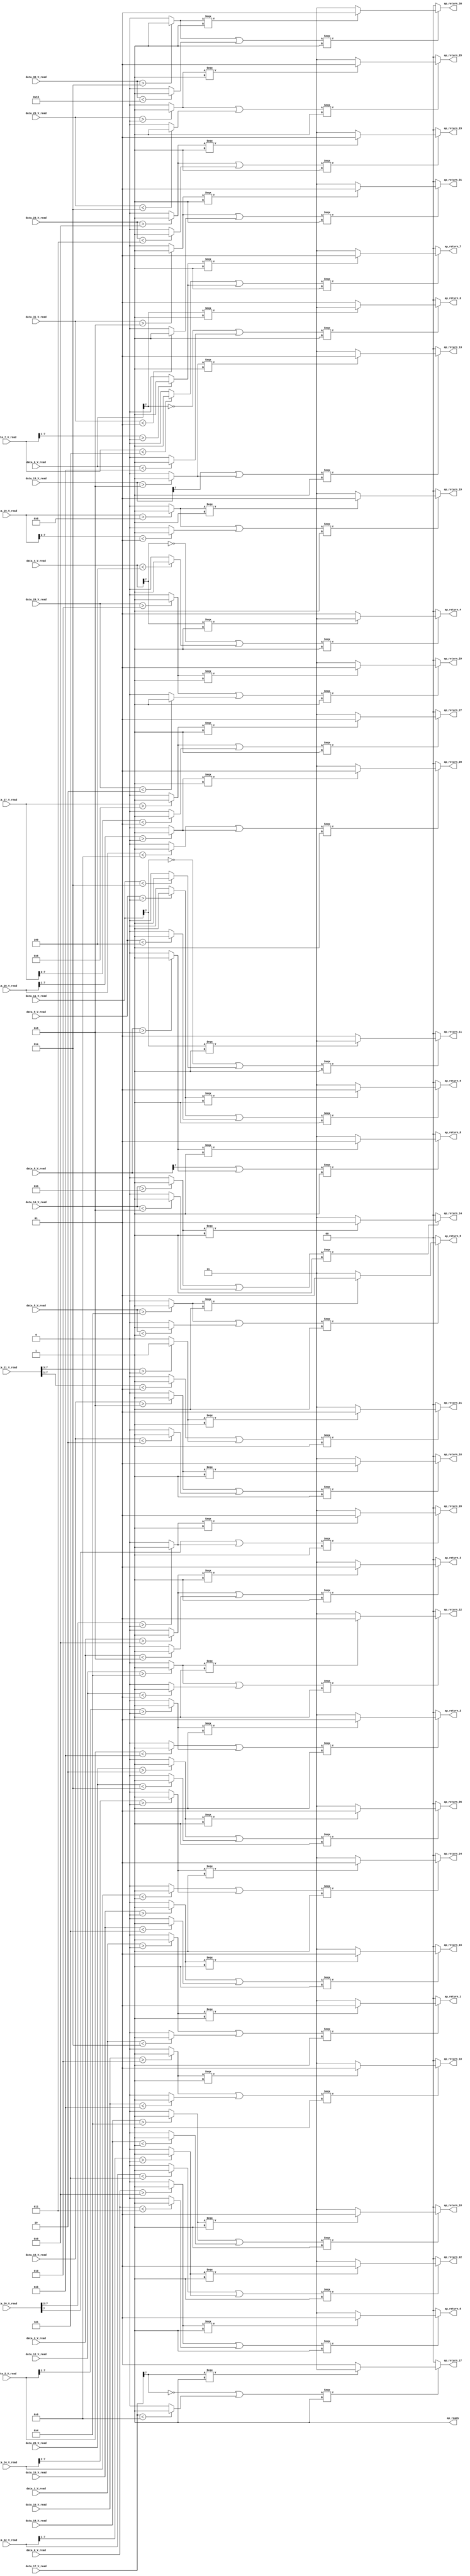
// ==============================================================
// RTL generated by Vivado(TM) HLS - High-Level Synthesis from C, C++ and SystemC
// Version: 2018.2
// Copyright (C) 1986-2018 Xilinx, Inc. All Rights Reserved.
// 
// ===========================================================

`timescale 1 ns / 1 ps 

module normalize_ternary_tanh_ap_int_8_config18_s (
        ap_ready,
        data_0_V_read,
        data_1_V_read,
        data_2_V_read,
        data_3_V_read,
        data_4_V_read,
        data_5_V_read,
        data_6_V_read,
        data_7_V_read,
        data_8_V_read,
        data_9_V_read,
        data_10_V_read,
        data_11_V_read,
        data_12_V_read,
        data_13_V_read,
        data_14_V_read,
        data_15_V_read,
        data_16_V_read,
        data_17_V_read,
        data_18_V_read,
        data_19_V_read,
        data_20_V_read,
        data_21_V_read,
        data_22_V_read,
        data_23_V_read,
        data_24_V_read,
        data_25_V_read,
        data_26_V_read,
        data_27_V_read,
        data_28_V_read,
        data_29_V_read,
        data_30_V_read,
        data_31_V_read,
        ap_return_0,
        ap_return_1,
        ap_return_2,
        ap_return_3,
        ap_return_4,
        ap_return_5,
        ap_return_6,
        ap_return_7,
        ap_return_8,
        ap_return_9,
        ap_return_10,
        ap_return_11,
        ap_return_12,
        ap_return_13,
        ap_return_14,
        ap_return_15,
        ap_return_16,
        ap_return_17,
        ap_return_18,
        ap_return_19,
        ap_return_20,
        ap_return_21,
        ap_return_22,
        ap_return_23,
        ap_return_24,
        ap_return_25,
        ap_return_26,
        ap_return_27,
        ap_return_28,
        ap_return_29,
        ap_return_30,
        ap_return_31
);


output   ap_ready;
input  [7:0] data_0_V_read;
input  [7:0] data_1_V_read;
input  [7:0] data_2_V_read;
input  [7:0] data_3_V_read;
input  [7:0] data_4_V_read;
input  [7:0] data_5_V_read;
input  [7:0] data_6_V_read;
input  [7:0] data_7_V_read;
input  [7:0] data_8_V_read;
input  [7:0] data_9_V_read;
input  [7:0] data_10_V_read;
input  [7:0] data_11_V_read;
input  [7:0] data_12_V_read;
input  [7:0] data_13_V_read;
input  [7:0] data_14_V_read;
input  [7:0] data_15_V_read;
input  [7:0] data_16_V_read;
input  [7:0] data_17_V_read;
input  [7:0] data_18_V_read;
input  [7:0] data_19_V_read;
input  [7:0] data_20_V_read;
input  [7:0] data_21_V_read;
input  [7:0] data_22_V_read;
input  [7:0] data_23_V_read;
input  [7:0] data_24_V_read;
input  [7:0] data_25_V_read;
input  [7:0] data_26_V_read;
input  [7:0] data_27_V_read;
input  [7:0] data_28_V_read;
input  [7:0] data_29_V_read;
input  [7:0] data_30_V_read;
input  [7:0] data_31_V_read;
output  [1:0] ap_return_0;
output  [1:0] ap_return_1;
output  [1:0] ap_return_2;
output  [1:0] ap_return_3;
output  [1:0] ap_return_4;
output  [1:0] ap_return_5;
output  [1:0] ap_return_6;
output  [1:0] ap_return_7;
output  [1:0] ap_return_8;
output  [1:0] ap_return_9;
output  [1:0] ap_return_10;
output  [1:0] ap_return_11;
output  [1:0] ap_return_12;
output  [1:0] ap_return_13;
output  [1:0] ap_return_14;
output  [1:0] ap_return_15;
output  [1:0] ap_return_16;
output  [1:0] ap_return_17;
output  [1:0] ap_return_18;
output  [1:0] ap_return_19;
output  [1:0] ap_return_20;
output  [1:0] ap_return_21;
output  [1:0] ap_return_22;
output  [1:0] ap_return_23;
output  [1:0] ap_return_24;
output  [1:0] ap_return_25;
output  [1:0] ap_return_26;
output  [1:0] ap_return_27;
output  [1:0] ap_return_28;
output  [1:0] ap_return_29;
output  [1:0] ap_return_30;
output  [1:0] ap_return_31;

wire   [0:0] tmp_2_fu_344_p2;
wire   [0:0] not_tmp_3_fu_350_p2;
wire   [0:0] tmp_1_fu_364_p2;
wire   [1:0] p_cast_fu_356_p3;
wire   [0:0] tmp_2_1_fu_378_p2;
wire   [0:0] not_tmp_3_1_fu_384_p2;
wire   [0:0] tmp_3_fu_398_p2;
wire   [1:0] p_1_cast_fu_390_p3;
wire   [6:0] tmp_16_fu_412_p4;
wire   [0:0] icmp_fu_422_p2;
wire   [0:0] not_tmp_3_2_fu_428_p2;
wire   [0:0] tmp_4_fu_442_p2;
wire   [1:0] p_2_cast_fu_434_p3;
wire   [0:0] tmp_2_3_fu_456_p2;
wire   [0:0] not_tmp_3_3_fu_462_p2;
wire   [0:0] tmp_5_fu_476_p2;
wire   [1:0] p_3_cast_fu_468_p3;
wire   [0:0] tmp_25_fu_490_p3;
wire   [0:0] not_tmp_3_4_fu_504_p2;
wire   [0:0] rev_fu_498_p2;
wire   [0:0] tmp_6_fu_518_p2;
wire   [1:0] p_4_cast_fu_510_p3;
wire   [0:0] tmp_2_5_fu_532_p2;
wire   [0:0] not_tmp_3_5_fu_538_p2;
wire   [0:0] tmp_7_fu_552_p2;
wire   [1:0] p_5_cast_fu_544_p3;
wire   [0:0] tmp_39_fu_566_p3;
wire   [0:0] not_tmp_3_6_fu_580_p2;
wire   [0:0] rev1_fu_574_p2;
wire   [0:0] tmp_8_fu_594_p2;
wire   [1:0] p_6_cast_fu_586_p3;
wire   [6:0] tmp_40_fu_608_p4;
wire   [0:0] icmp1_fu_618_p2;
wire   [0:0] not_tmp_3_7_fu_624_p2;
wire   [0:0] tmp_9_fu_638_p2;
wire   [1:0] p_7_cast_fu_630_p3;
wire   [0:0] tmp_2_8_fu_652_p2;
wire   [0:0] tmp_41_fu_658_p3;
wire   [0:0] tmp_10_fu_674_p2;
wire   [1:0] tmp_s_fu_666_p3;
wire   [0:0] tmp_2_9_fu_688_p2;
wire   [0:0] not_tmp_3_9_fu_694_p2;
wire   [0:0] tmp_11_fu_708_p2;
wire   [1:0] p_9_cast_fu_700_p3;
wire   [0:0] tmp_2_s_fu_722_p2;
wire   [0:0] not_tmp_3_s_fu_728_p2;
wire   [0:0] tmp_12_fu_742_p2;
wire   [1:0] p_cast_8_fu_734_p3;
wire   [0:0] tmp_42_fu_756_p3;
wire   [0:0] not_tmp_3_8_fu_770_p2;
wire   [0:0] rev2_fu_764_p2;
wire   [0:0] tmp_13_fu_784_p2;
wire   [1:0] p_10_cast_fu_776_p3;
wire   [0:0] tmp_2_2_fu_798_p2;
wire   [0:0] not_tmp_3_10_fu_804_p2;
wire   [0:0] tmp_14_fu_818_p2;
wire   [1:0] p_11_cast_fu_810_p3;
wire   [0:0] tmp_2_4_fu_832_p2;
wire   [0:0] tmp_43_fu_838_p3;
wire   [0:0] tmp_17_fu_854_p2;
wire   [1:0] tmp_15_fu_846_p3;
wire   [0:0] tmp_2_6_fu_868_p2;
wire   [0:0] not_tmp_3_11_fu_874_p2;
wire   [0:0] tmp_18_fu_888_p2;
wire   [1:0] p_13_cast_fu_880_p3;
wire   [0:0] tmp_2_7_fu_902_p2;
wire   [0:0] not_tmp_3_12_fu_908_p2;
wire   [0:0] tmp_19_fu_922_p2;
wire   [1:0] p_14_cast_fu_914_p3;
wire   [0:0] tmp_2_10_fu_936_p2;
wire   [0:0] not_tmp_3_13_fu_942_p2;
wire   [0:0] tmp_20_fu_956_p2;
wire   [1:0] p_15_cast_fu_948_p3;
wire   [0:0] tmp_44_fu_970_p3;
wire   [0:0] not_tmp_3_14_fu_984_p2;
wire   [0:0] rev3_fu_978_p2;
wire   [0:0] tmp_21_fu_998_p2;
wire   [1:0] p_16_cast_fu_990_p3;
wire   [0:0] tmp_2_11_fu_1012_p2;
wire   [0:0] not_tmp_3_15_fu_1018_p2;
wire   [0:0] tmp_22_fu_1032_p2;
wire   [1:0] p_17_cast_fu_1024_p3;
wire   [5:0] tmp_45_fu_1052_p4;
wire   [0:0] tmp_2_12_fu_1046_p2;
wire   [0:0] icmp2_fu_1062_p2;
wire   [0:0] tmp_23_fu_1076_p2;
wire   [1:0] p_18_cast_fu_1068_p3;
wire   [5:0] tmp_46_fu_1090_p4;
wire   [0:0] icmp3_fu_1100_p2;
wire   [0:0] tmp_47_fu_1106_p3;
wire   [0:0] tmp_26_fu_1122_p2;
wire   [1:0] tmp_24_fu_1114_p3;
wire   [4:0] tmp_48_fu_1136_p4;
wire   [6:0] tmp_49_fu_1152_p4;
wire   [0:0] icmp4_fu_1146_p2;
wire   [0:0] icmp5_fu_1162_p2;
wire   [0:0] tmp_27_fu_1176_p2;
wire   [1:0] p_20_cast_fu_1168_p3;
wire   [6:0] tmp_50_fu_1190_p4;
wire   [0:0] icmp6_fu_1200_p2;
wire   [0:0] not_tmp_3_16_fu_1206_p2;
wire   [0:0] tmp_28_fu_1220_p2;
wire   [1:0] p_21_cast_fu_1212_p3;
wire   [0:0] tmp_2_13_fu_1234_p2;
wire   [0:0] not_tmp_3_17_fu_1240_p2;
wire   [0:0] tmp_29_fu_1254_p2;
wire   [1:0] p_22_cast_fu_1246_p3;
wire   [5:0] tmp_51_fu_1268_p4;
wire   [0:0] icmp7_fu_1278_p2;
wire   [0:0] not_tmp_3_18_fu_1284_p2;
wire   [0:0] tmp_30_fu_1298_p2;
wire   [1:0] p_23_cast_fu_1290_p3;
wire   [0:0] tmp_2_14_fu_1312_p2;
wire   [0:0] not_tmp_3_19_fu_1318_p2;
wire   [0:0] tmp_31_fu_1332_p2;
wire   [1:0] p_24_cast_fu_1324_p3;
wire   [0:0] tmp_2_15_fu_1346_p2;
wire   [0:0] not_tmp_3_20_fu_1352_p2;
wire   [0:0] tmp_32_fu_1366_p2;
wire   [1:0] p_25_cast_fu_1358_p3;
wire   [5:0] tmp_52_fu_1386_p4;
wire   [0:0] tmp_2_16_fu_1380_p2;
wire   [0:0] icmp8_fu_1396_p2;
wire   [0:0] tmp_33_fu_1410_p2;
wire   [1:0] p_26_cast_fu_1402_p3;
wire   [6:0] tmp_53_fu_1424_p4;
wire   [0:0] icmp9_fu_1434_p2;
wire   [0:0] not_tmp_3_21_fu_1440_p2;
wire   [0:0] tmp_34_fu_1454_p2;
wire   [1:0] p_27_cast_fu_1446_p3;
wire   [0:0] tmp_2_17_fu_1468_p2;
wire   [0:0] not_tmp_3_22_fu_1474_p2;
wire   [0:0] tmp_35_fu_1488_p2;
wire   [1:0] p_28_cast_fu_1480_p3;
wire   [0:0] tmp_2_18_fu_1502_p2;
wire   [0:0] not_tmp_3_23_fu_1508_p2;
wire   [0:0] tmp_36_fu_1522_p2;
wire   [1:0] p_29_cast_fu_1514_p3;
wire   [0:0] tmp_2_19_fu_1536_p2;
wire   [0:0] not_tmp_3_24_fu_1542_p2;
wire   [0:0] tmp_37_fu_1556_p2;
wire   [1:0] p_30_cast_fu_1548_p3;
wire   [1:0] res_0_V_write_assign_fu_370_p3;
wire   [1:0] res_1_V_write_assign_fu_404_p3;
wire   [1:0] res_2_V_write_assign_fu_448_p3;
wire   [1:0] res_3_V_write_assign_fu_482_p3;
wire   [1:0] res_4_V_write_assign_fu_524_p3;
wire   [1:0] res_5_V_write_assign_fu_558_p3;
wire   [1:0] res_6_V_write_assign_fu_600_p3;
wire   [1:0] res_7_V_write_assign_fu_644_p3;
wire   [1:0] res_8_V_write_assign_fu_680_p3;
wire   [1:0] res_9_V_write_assign_fu_714_p3;
wire   [1:0] res_10_V_write_assign_fu_748_p3;
wire   [1:0] res_11_V_write_assign_fu_790_p3;
wire   [1:0] res_12_V_write_assign_fu_824_p3;
wire   [1:0] res_13_V_write_assign_fu_860_p3;
wire   [1:0] res_14_V_write_assign_fu_894_p3;
wire   [1:0] res_15_V_write_assign_fu_928_p3;
wire   [1:0] res_16_V_write_assign_fu_962_p3;
wire   [1:0] res_17_V_write_assign_fu_1004_p3;
wire   [1:0] res_18_V_write_assign_fu_1038_p3;
wire   [1:0] res_19_V_write_assign_fu_1082_p3;
wire   [1:0] res_20_V_write_assign_fu_1128_p3;
wire   [1:0] res_21_V_write_assign_fu_1182_p3;
wire   [1:0] res_22_V_write_assign_fu_1226_p3;
wire   [1:0] res_23_V_write_assign_fu_1260_p3;
wire   [1:0] res_24_V_write_assign_fu_1304_p3;
wire   [1:0] res_25_V_write_assign_fu_1338_p3;
wire   [1:0] res_26_V_write_assign_fu_1372_p3;
wire   [1:0] res_27_V_write_assign_fu_1416_p3;
wire   [1:0] res_28_V_write_assign_fu_1460_p3;
wire   [1:0] res_29_V_write_assign_fu_1494_p3;
wire   [1:0] res_30_V_write_assign_fu_1528_p3;
wire   [1:0] res_31_V_write_assign_fu_1562_p3;

assign ap_ready = 1'b1;

assign ap_return_0 = res_0_V_write_assign_fu_370_p3;

assign ap_return_1 = res_1_V_write_assign_fu_404_p3;

assign ap_return_10 = res_10_V_write_assign_fu_748_p3;

assign ap_return_11 = res_11_V_write_assign_fu_790_p3;

assign ap_return_12 = res_12_V_write_assign_fu_824_p3;

assign ap_return_13 = res_13_V_write_assign_fu_860_p3;

assign ap_return_14 = res_14_V_write_assign_fu_894_p3;

assign ap_return_15 = res_15_V_write_assign_fu_928_p3;

assign ap_return_16 = res_16_V_write_assign_fu_962_p3;

assign ap_return_17 = res_17_V_write_assign_fu_1004_p3;

assign ap_return_18 = res_18_V_write_assign_fu_1038_p3;

assign ap_return_19 = res_19_V_write_assign_fu_1082_p3;

assign ap_return_2 = res_2_V_write_assign_fu_448_p3;

assign ap_return_20 = res_20_V_write_assign_fu_1128_p3;

assign ap_return_21 = res_21_V_write_assign_fu_1182_p3;

assign ap_return_22 = res_22_V_write_assign_fu_1226_p3;

assign ap_return_23 = res_23_V_write_assign_fu_1260_p3;

assign ap_return_24 = res_24_V_write_assign_fu_1304_p3;

assign ap_return_25 = res_25_V_write_assign_fu_1338_p3;

assign ap_return_26 = res_26_V_write_assign_fu_1372_p3;

assign ap_return_27 = res_27_V_write_assign_fu_1416_p3;

assign ap_return_28 = res_28_V_write_assign_fu_1460_p3;

assign ap_return_29 = res_29_V_write_assign_fu_1494_p3;

assign ap_return_3 = res_3_V_write_assign_fu_482_p3;

assign ap_return_30 = res_30_V_write_assign_fu_1528_p3;

assign ap_return_31 = res_31_V_write_assign_fu_1562_p3;

assign ap_return_4 = res_4_V_write_assign_fu_524_p3;

assign ap_return_5 = res_5_V_write_assign_fu_558_p3;

assign ap_return_6 = res_6_V_write_assign_fu_600_p3;

assign ap_return_7 = res_7_V_write_assign_fu_644_p3;

assign ap_return_8 = res_8_V_write_assign_fu_680_p3;

assign ap_return_9 = res_9_V_write_assign_fu_714_p3;

assign icmp1_fu_618_p2 = (($signed(tmp_40_fu_608_p4) > $signed(7'd0)) ? 1'b1 : 1'b0);

assign icmp2_fu_1062_p2 = (($signed(tmp_45_fu_1052_p4) < $signed(6'd1)) ? 1'b1 : 1'b0);

assign icmp3_fu_1100_p2 = (($signed(tmp_46_fu_1090_p4) > $signed(6'd0)) ? 1'b1 : 1'b0);

assign icmp4_fu_1146_p2 = (($signed(tmp_48_fu_1136_p4) > $signed(5'd0)) ? 1'b1 : 1'b0);

assign icmp5_fu_1162_p2 = (($signed(tmp_49_fu_1152_p4) < $signed(7'd1)) ? 1'b1 : 1'b0);

assign icmp6_fu_1200_p2 = (($signed(tmp_50_fu_1190_p4) > $signed(7'd0)) ? 1'b1 : 1'b0);

assign icmp7_fu_1278_p2 = (($signed(tmp_51_fu_1268_p4) > $signed(6'd0)) ? 1'b1 : 1'b0);

assign icmp8_fu_1396_p2 = (($signed(tmp_52_fu_1386_p4) < $signed(6'd1)) ? 1'b1 : 1'b0);

assign icmp9_fu_1434_p2 = (($signed(tmp_53_fu_1424_p4) > $signed(7'd0)) ? 1'b1 : 1'b0);

assign icmp_fu_422_p2 = (($signed(tmp_16_fu_412_p4) > $signed(7'd0)) ? 1'b1 : 1'b0);

assign not_tmp_3_10_fu_804_p2 = (($signed(data_12_V_read) < $signed(8'd1)) ? 1'b1 : 1'b0);

assign not_tmp_3_11_fu_874_p2 = (($signed(data_14_V_read) < $signed(8'd5)) ? 1'b1 : 1'b0);

assign not_tmp_3_12_fu_908_p2 = (($signed(data_15_V_read) < $signed(8'd253)) ? 1'b1 : 1'b0);

assign not_tmp_3_13_fu_942_p2 = (($signed(data_16_V_read) < $signed(8'd254)) ? 1'b1 : 1'b0);

assign not_tmp_3_14_fu_984_p2 = (($signed(data_17_V_read) < $signed(8'd249)) ? 1'b1 : 1'b0);

assign not_tmp_3_15_fu_1018_p2 = (($signed(data_18_V_read) < $signed(8'd255)) ? 1'b1 : 1'b0);

assign not_tmp_3_16_fu_1206_p2 = (($signed(data_22_V_read) < $signed(8'd253)) ? 1'b1 : 1'b0);

assign not_tmp_3_17_fu_1240_p2 = (($signed(data_23_V_read) < $signed(8'd3)) ? 1'b1 : 1'b0);

assign not_tmp_3_18_fu_1284_p2 = (($signed(data_24_V_read) < $signed(8'd255)) ? 1'b1 : 1'b0);

assign not_tmp_3_19_fu_1318_p2 = (($signed(data_25_V_read) < $signed(8'd250)) ? 1'b1 : 1'b0);

assign not_tmp_3_1_fu_384_p2 = (($signed(data_1_V_read) < $signed(8'd250)) ? 1'b1 : 1'b0);

assign not_tmp_3_20_fu_1352_p2 = (($signed(data_26_V_read) < $signed(8'd250)) ? 1'b1 : 1'b0);

assign not_tmp_3_21_fu_1440_p2 = (($signed(data_28_V_read) < $signed(8'd249)) ? 1'b1 : 1'b0);

assign not_tmp_3_22_fu_1474_p2 = (($signed(data_29_V_read) < $signed(8'd254)) ? 1'b1 : 1'b0);

assign not_tmp_3_23_fu_1508_p2 = (($signed(data_30_V_read) < $signed(8'd245)) ? 1'b1 : 1'b0);

assign not_tmp_3_24_fu_1542_p2 = (($signed(data_31_V_read) < $signed(8'd1)) ? 1'b1 : 1'b0);

assign not_tmp_3_2_fu_428_p2 = (($signed(data_2_V_read) < $signed(8'd251)) ? 1'b1 : 1'b0);

assign not_tmp_3_3_fu_462_p2 = (($signed(data_3_V_read) < $signed(8'd5)) ? 1'b1 : 1'b0);

assign not_tmp_3_4_fu_504_p2 = (($signed(data_4_V_read) < $signed(8'd252)) ? 1'b1 : 1'b0);

assign not_tmp_3_5_fu_538_p2 = (($signed(data_5_V_read) < $signed(8'd255)) ? 1'b1 : 1'b0);

assign not_tmp_3_6_fu_580_p2 = (($signed(data_6_V_read) < $signed(8'd251)) ? 1'b1 : 1'b0);

assign not_tmp_3_7_fu_624_p2 = (($signed(data_7_V_read) < $signed(8'd253)) ? 1'b1 : 1'b0);

assign not_tmp_3_8_fu_770_p2 = (($signed(data_11_V_read) < $signed(8'd250)) ? 1'b1 : 1'b0);

assign not_tmp_3_9_fu_694_p2 = (($signed(data_9_V_read) < $signed(8'd252)) ? 1'b1 : 1'b0);

assign not_tmp_3_fu_350_p2 = (($signed(data_0_V_read) < $signed(8'd3)) ? 1'b1 : 1'b0);

assign not_tmp_3_s_fu_728_p2 = (($signed(data_10_V_read) < $signed(8'd251)) ? 1'b1 : 1'b0);

assign p_10_cast_fu_776_p3 = ((tmp_42_fu_756_p3[0:0] === 1'b1) ? 2'd3 : 2'd1);

assign p_11_cast_fu_810_p3 = ((tmp_2_2_fu_798_p2[0:0] === 1'b1) ? 2'd1 : 2'd3);

assign p_13_cast_fu_880_p3 = ((tmp_2_6_fu_868_p2[0:0] === 1'b1) ? 2'd1 : 2'd3);

assign p_14_cast_fu_914_p3 = ((tmp_2_7_fu_902_p2[0:0] === 1'b1) ? 2'd1 : 2'd3);

assign p_15_cast_fu_948_p3 = ((tmp_2_10_fu_936_p2[0:0] === 1'b1) ? 2'd1 : 2'd3);

assign p_16_cast_fu_990_p3 = ((tmp_44_fu_970_p3[0:0] === 1'b1) ? 2'd3 : 2'd1);

assign p_17_cast_fu_1024_p3 = ((tmp_2_11_fu_1012_p2[0:0] === 1'b1) ? 2'd1 : 2'd3);

assign p_18_cast_fu_1068_p3 = ((tmp_2_12_fu_1046_p2[0:0] === 1'b1) ? 2'd1 : 2'd3);

assign p_1_cast_fu_390_p3 = ((tmp_2_1_fu_378_p2[0:0] === 1'b1) ? 2'd1 : 2'd3);

assign p_20_cast_fu_1168_p3 = ((icmp4_fu_1146_p2[0:0] === 1'b1) ? 2'd1 : 2'd3);

assign p_21_cast_fu_1212_p3 = ((icmp6_fu_1200_p2[0:0] === 1'b1) ? 2'd1 : 2'd3);

assign p_22_cast_fu_1246_p3 = ((tmp_2_13_fu_1234_p2[0:0] === 1'b1) ? 2'd1 : 2'd3);

assign p_23_cast_fu_1290_p3 = ((icmp7_fu_1278_p2[0:0] === 1'b1) ? 2'd1 : 2'd3);

assign p_24_cast_fu_1324_p3 = ((tmp_2_14_fu_1312_p2[0:0] === 1'b1) ? 2'd1 : 2'd3);

assign p_25_cast_fu_1358_p3 = ((tmp_2_15_fu_1346_p2[0:0] === 1'b1) ? 2'd1 : 2'd3);

assign p_26_cast_fu_1402_p3 = ((tmp_2_16_fu_1380_p2[0:0] === 1'b1) ? 2'd1 : 2'd3);

assign p_27_cast_fu_1446_p3 = ((icmp9_fu_1434_p2[0:0] === 1'b1) ? 2'd1 : 2'd3);

assign p_28_cast_fu_1480_p3 = ((tmp_2_17_fu_1468_p2[0:0] === 1'b1) ? 2'd1 : 2'd3);

assign p_29_cast_fu_1514_p3 = ((tmp_2_18_fu_1502_p2[0:0] === 1'b1) ? 2'd1 : 2'd3);

assign p_2_cast_fu_434_p3 = ((icmp_fu_422_p2[0:0] === 1'b1) ? 2'd1 : 2'd3);

assign p_30_cast_fu_1548_p3 = ((tmp_2_19_fu_1536_p2[0:0] === 1'b1) ? 2'd1 : 2'd3);

assign p_3_cast_fu_468_p3 = ((tmp_2_3_fu_456_p2[0:0] === 1'b1) ? 2'd1 : 2'd3);

assign p_4_cast_fu_510_p3 = ((tmp_25_fu_490_p3[0:0] === 1'b1) ? 2'd3 : 2'd1);

assign p_5_cast_fu_544_p3 = ((tmp_2_5_fu_532_p2[0:0] === 1'b1) ? 2'd1 : 2'd3);

assign p_6_cast_fu_586_p3 = ((tmp_39_fu_566_p3[0:0] === 1'b1) ? 2'd3 : 2'd1);

assign p_7_cast_fu_630_p3 = ((icmp1_fu_618_p2[0:0] === 1'b1) ? 2'd1 : 2'd3);

assign p_9_cast_fu_700_p3 = ((tmp_2_9_fu_688_p2[0:0] === 1'b1) ? 2'd1 : 2'd3);

assign p_cast_8_fu_734_p3 = ((tmp_2_s_fu_722_p2[0:0] === 1'b1) ? 2'd1 : 2'd3);

assign p_cast_fu_356_p3 = ((tmp_2_fu_344_p2[0:0] === 1'b1) ? 2'd1 : 2'd3);

assign res_0_V_write_assign_fu_370_p3 = ((tmp_1_fu_364_p2[0:0] === 1'b1) ? p_cast_fu_356_p3 : 2'd0);

assign res_10_V_write_assign_fu_748_p3 = ((tmp_12_fu_742_p2[0:0] === 1'b1) ? p_cast_8_fu_734_p3 : 2'd0);

assign res_11_V_write_assign_fu_790_p3 = ((tmp_13_fu_784_p2[0:0] === 1'b1) ? p_10_cast_fu_776_p3 : 2'd0);

assign res_12_V_write_assign_fu_824_p3 = ((tmp_14_fu_818_p2[0:0] === 1'b1) ? p_11_cast_fu_810_p3 : 2'd0);

assign res_13_V_write_assign_fu_860_p3 = ((tmp_17_fu_854_p2[0:0] === 1'b1) ? tmp_15_fu_846_p3 : 2'd0);

assign res_14_V_write_assign_fu_894_p3 = ((tmp_18_fu_888_p2[0:0] === 1'b1) ? p_13_cast_fu_880_p3 : 2'd0);

assign res_15_V_write_assign_fu_928_p3 = ((tmp_19_fu_922_p2[0:0] === 1'b1) ? p_14_cast_fu_914_p3 : 2'd0);

assign res_16_V_write_assign_fu_962_p3 = ((tmp_20_fu_956_p2[0:0] === 1'b1) ? p_15_cast_fu_948_p3 : 2'd0);

assign res_17_V_write_assign_fu_1004_p3 = ((tmp_21_fu_998_p2[0:0] === 1'b1) ? p_16_cast_fu_990_p3 : 2'd0);

assign res_18_V_write_assign_fu_1038_p3 = ((tmp_22_fu_1032_p2[0:0] === 1'b1) ? p_17_cast_fu_1024_p3 : 2'd0);

assign res_19_V_write_assign_fu_1082_p3 = ((tmp_23_fu_1076_p2[0:0] === 1'b1) ? p_18_cast_fu_1068_p3 : 2'd0);

assign res_1_V_write_assign_fu_404_p3 = ((tmp_3_fu_398_p2[0:0] === 1'b1) ? p_1_cast_fu_390_p3 : 2'd0);

assign res_20_V_write_assign_fu_1128_p3 = ((tmp_26_fu_1122_p2[0:0] === 1'b1) ? tmp_24_fu_1114_p3 : 2'd0);

assign res_21_V_write_assign_fu_1182_p3 = ((tmp_27_fu_1176_p2[0:0] === 1'b1) ? p_20_cast_fu_1168_p3 : 2'd0);

assign res_22_V_write_assign_fu_1226_p3 = ((tmp_28_fu_1220_p2[0:0] === 1'b1) ? p_21_cast_fu_1212_p3 : 2'd0);

assign res_23_V_write_assign_fu_1260_p3 = ((tmp_29_fu_1254_p2[0:0] === 1'b1) ? p_22_cast_fu_1246_p3 : 2'd0);

assign res_24_V_write_assign_fu_1304_p3 = ((tmp_30_fu_1298_p2[0:0] === 1'b1) ? p_23_cast_fu_1290_p3 : 2'd0);

assign res_25_V_write_assign_fu_1338_p3 = ((tmp_31_fu_1332_p2[0:0] === 1'b1) ? p_24_cast_fu_1324_p3 : 2'd0);

assign res_26_V_write_assign_fu_1372_p3 = ((tmp_32_fu_1366_p2[0:0] === 1'b1) ? p_25_cast_fu_1358_p3 : 2'd0);

assign res_27_V_write_assign_fu_1416_p3 = ((tmp_33_fu_1410_p2[0:0] === 1'b1) ? p_26_cast_fu_1402_p3 : 2'd0);

assign res_28_V_write_assign_fu_1460_p3 = ((tmp_34_fu_1454_p2[0:0] === 1'b1) ? p_27_cast_fu_1446_p3 : 2'd0);

assign res_29_V_write_assign_fu_1494_p3 = ((tmp_35_fu_1488_p2[0:0] === 1'b1) ? p_28_cast_fu_1480_p3 : 2'd0);

assign res_2_V_write_assign_fu_448_p3 = ((tmp_4_fu_442_p2[0:0] === 1'b1) ? p_2_cast_fu_434_p3 : 2'd0);

assign res_30_V_write_assign_fu_1528_p3 = ((tmp_36_fu_1522_p2[0:0] === 1'b1) ? p_29_cast_fu_1514_p3 : 2'd0);

assign res_31_V_write_assign_fu_1562_p3 = ((tmp_37_fu_1556_p2[0:0] === 1'b1) ? p_30_cast_fu_1548_p3 : 2'd0);

assign res_3_V_write_assign_fu_482_p3 = ((tmp_5_fu_476_p2[0:0] === 1'b1) ? p_3_cast_fu_468_p3 : 2'd0);

assign res_4_V_write_assign_fu_524_p3 = ((tmp_6_fu_518_p2[0:0] === 1'b1) ? p_4_cast_fu_510_p3 : 2'd0);

assign res_5_V_write_assign_fu_558_p3 = ((tmp_7_fu_552_p2[0:0] === 1'b1) ? p_5_cast_fu_544_p3 : 2'd0);

assign res_6_V_write_assign_fu_600_p3 = ((tmp_8_fu_594_p2[0:0] === 1'b1) ? p_6_cast_fu_586_p3 : 2'd0);

assign res_7_V_write_assign_fu_644_p3 = ((tmp_9_fu_638_p2[0:0] === 1'b1) ? p_7_cast_fu_630_p3 : 2'd0);

assign res_8_V_write_assign_fu_680_p3 = ((tmp_10_fu_674_p2[0:0] === 1'b1) ? tmp_s_fu_666_p3 : 2'd0);

assign res_9_V_write_assign_fu_714_p3 = ((tmp_11_fu_708_p2[0:0] === 1'b1) ? p_9_cast_fu_700_p3 : 2'd0);

assign rev1_fu_574_p2 = (tmp_39_fu_566_p3 ^ 1'd1);

assign rev2_fu_764_p2 = (tmp_42_fu_756_p3 ^ 1'd1);

assign rev3_fu_978_p2 = (tmp_44_fu_970_p3 ^ 1'd1);

assign rev_fu_498_p2 = (tmp_25_fu_490_p3 ^ 1'd1);

assign tmp_10_fu_674_p2 = (tmp_41_fu_658_p3 | tmp_2_8_fu_652_p2);

assign tmp_11_fu_708_p2 = (tmp_2_9_fu_688_p2 | not_tmp_3_9_fu_694_p2);

assign tmp_12_fu_742_p2 = (tmp_2_s_fu_722_p2 | not_tmp_3_s_fu_728_p2);

assign tmp_13_fu_784_p2 = (rev2_fu_764_p2 | not_tmp_3_8_fu_770_p2);

assign tmp_14_fu_818_p2 = (tmp_2_2_fu_798_p2 | not_tmp_3_10_fu_804_p2);

assign tmp_15_fu_846_p3 = ((tmp_2_4_fu_832_p2[0:0] === 1'b1) ? 2'd1 : 2'd3);

assign tmp_16_fu_412_p4 = {{data_2_V_read[7:1]}};

assign tmp_17_fu_854_p2 = (tmp_43_fu_838_p3 | tmp_2_4_fu_832_p2);

assign tmp_18_fu_888_p2 = (tmp_2_6_fu_868_p2 | not_tmp_3_11_fu_874_p2);

assign tmp_19_fu_922_p2 = (tmp_2_7_fu_902_p2 | not_tmp_3_12_fu_908_p2);

assign tmp_1_fu_364_p2 = (tmp_2_fu_344_p2 | not_tmp_3_fu_350_p2);

assign tmp_20_fu_956_p2 = (tmp_2_10_fu_936_p2 | not_tmp_3_13_fu_942_p2);

assign tmp_21_fu_998_p2 = (rev3_fu_978_p2 | not_tmp_3_14_fu_984_p2);

assign tmp_22_fu_1032_p2 = (tmp_2_11_fu_1012_p2 | not_tmp_3_15_fu_1018_p2);

assign tmp_23_fu_1076_p2 = (tmp_2_12_fu_1046_p2 | icmp2_fu_1062_p2);

assign tmp_24_fu_1114_p3 = ((icmp3_fu_1100_p2[0:0] === 1'b1) ? 2'd1 : 2'd3);

assign tmp_25_fu_490_p3 = data_4_V_read[32'd7];

assign tmp_26_fu_1122_p2 = (tmp_47_fu_1106_p3 | icmp3_fu_1100_p2);

assign tmp_27_fu_1176_p2 = (icmp5_fu_1162_p2 | icmp4_fu_1146_p2);

assign tmp_28_fu_1220_p2 = (not_tmp_3_16_fu_1206_p2 | icmp6_fu_1200_p2);

assign tmp_29_fu_1254_p2 = (tmp_2_13_fu_1234_p2 | not_tmp_3_17_fu_1240_p2);

assign tmp_2_10_fu_936_p2 = (($signed(data_16_V_read) > $signed(8'd5)) ? 1'b1 : 1'b0);

assign tmp_2_11_fu_1012_p2 = (($signed(data_18_V_read) > $signed(8'd4)) ? 1'b1 : 1'b0);

assign tmp_2_12_fu_1046_p2 = (($signed(data_19_V_read) > $signed(8'd8)) ? 1'b1 : 1'b0);

assign tmp_2_13_fu_1234_p2 = (($signed(data_23_V_read) > $signed(8'd9)) ? 1'b1 : 1'b0);

assign tmp_2_14_fu_1312_p2 = (($signed(data_25_V_read) > $signed(8'd0)) ? 1'b1 : 1'b0);

assign tmp_2_15_fu_1346_p2 = (($signed(data_26_V_read) > $signed(8'd254)) ? 1'b1 : 1'b0);

assign tmp_2_16_fu_1380_p2 = (($signed(data_27_V_read) > $signed(8'd6)) ? 1'b1 : 1'b0);

assign tmp_2_17_fu_1468_p2 = (($signed(data_29_V_read) > $signed(8'd2)) ? 1'b1 : 1'b0);

assign tmp_2_18_fu_1502_p2 = (($signed(data_30_V_read) > $signed(8'd250)) ? 1'b1 : 1'b0);

assign tmp_2_19_fu_1536_p2 = (($signed(data_31_V_read) > $signed(8'd5)) ? 1'b1 : 1'b0);

assign tmp_2_1_fu_378_p2 = (($signed(data_1_V_read) > $signed(8'd0)) ? 1'b1 : 1'b0);

assign tmp_2_2_fu_798_p2 = (($signed(data_12_V_read) > $signed(8'd4)) ? 1'b1 : 1'b0);

assign tmp_2_3_fu_456_p2 = (($signed(data_3_V_read) > $signed(8'd9)) ? 1'b1 : 1'b0);

assign tmp_2_4_fu_832_p2 = (($signed(data_13_V_read) > $signed(8'd5)) ? 1'b1 : 1'b0);

assign tmp_2_5_fu_532_p2 = (($signed(data_5_V_read) > $signed(8'd4)) ? 1'b1 : 1'b0);

assign tmp_2_6_fu_868_p2 = (($signed(data_14_V_read) > $signed(8'd11)) ? 1'b1 : 1'b0);

assign tmp_2_7_fu_902_p2 = (($signed(data_15_V_read) > $signed(8'd0)) ? 1'b1 : 1'b0);

assign tmp_2_8_fu_652_p2 = (($signed(data_8_V_read) > $signed(8'd5)) ? 1'b1 : 1'b0);

assign tmp_2_9_fu_688_p2 = (($signed(data_9_V_read) > $signed(8'd0)) ? 1'b1 : 1'b0);

assign tmp_2_fu_344_p2 = (($signed(data_0_V_read) > $signed(8'd9)) ? 1'b1 : 1'b0);

assign tmp_2_s_fu_722_p2 = (($signed(data_10_V_read) > $signed(8'd2)) ? 1'b1 : 1'b0);

assign tmp_30_fu_1298_p2 = (not_tmp_3_18_fu_1284_p2 | icmp7_fu_1278_p2);

assign tmp_31_fu_1332_p2 = (tmp_2_14_fu_1312_p2 | not_tmp_3_19_fu_1318_p2);

assign tmp_32_fu_1366_p2 = (tmp_2_15_fu_1346_p2 | not_tmp_3_20_fu_1352_p2);

assign tmp_33_fu_1410_p2 = (tmp_2_16_fu_1380_p2 | icmp8_fu_1396_p2);

assign tmp_34_fu_1454_p2 = (not_tmp_3_21_fu_1440_p2 | icmp9_fu_1434_p2);

assign tmp_35_fu_1488_p2 = (tmp_2_17_fu_1468_p2 | not_tmp_3_22_fu_1474_p2);

assign tmp_36_fu_1522_p2 = (tmp_2_18_fu_1502_p2 | not_tmp_3_23_fu_1508_p2);

assign tmp_37_fu_1556_p2 = (tmp_2_19_fu_1536_p2 | not_tmp_3_24_fu_1542_p2);

assign tmp_39_fu_566_p3 = data_6_V_read[32'd7];

assign tmp_3_fu_398_p2 = (tmp_2_1_fu_378_p2 | not_tmp_3_1_fu_384_p2);

assign tmp_40_fu_608_p4 = {{data_7_V_read[7:1]}};

assign tmp_41_fu_658_p3 = data_8_V_read[32'd7];

assign tmp_42_fu_756_p3 = data_11_V_read[32'd7];

assign tmp_43_fu_838_p3 = data_13_V_read[32'd7];

assign tmp_44_fu_970_p3 = data_17_V_read[32'd7];

assign tmp_45_fu_1052_p4 = {{data_19_V_read[7:2]}};

assign tmp_46_fu_1090_p4 = {{data_20_V_read[7:2]}};

assign tmp_47_fu_1106_p3 = data_20_V_read[32'd7];

assign tmp_48_fu_1136_p4 = {{data_21_V_read[7:3]}};

assign tmp_49_fu_1152_p4 = {{data_21_V_read[7:1]}};

assign tmp_4_fu_442_p2 = (not_tmp_3_2_fu_428_p2 | icmp_fu_422_p2);

assign tmp_50_fu_1190_p4 = {{data_22_V_read[7:1]}};

assign tmp_51_fu_1268_p4 = {{data_24_V_read[7:2]}};

assign tmp_52_fu_1386_p4 = {{data_27_V_read[7:2]}};

assign tmp_53_fu_1424_p4 = {{data_28_V_read[7:1]}};

assign tmp_5_fu_476_p2 = (tmp_2_3_fu_456_p2 | not_tmp_3_3_fu_462_p2);

assign tmp_6_fu_518_p2 = (rev_fu_498_p2 | not_tmp_3_4_fu_504_p2);

assign tmp_7_fu_552_p2 = (tmp_2_5_fu_532_p2 | not_tmp_3_5_fu_538_p2);

assign tmp_8_fu_594_p2 = (rev1_fu_574_p2 | not_tmp_3_6_fu_580_p2);

assign tmp_9_fu_638_p2 = (not_tmp_3_7_fu_624_p2 | icmp1_fu_618_p2);

assign tmp_s_fu_666_p3 = ((tmp_2_8_fu_652_p2[0:0] === 1'b1) ? 2'd1 : 2'd3);

endmodule //normalize_ternary_tanh_ap_int_8_config18_s